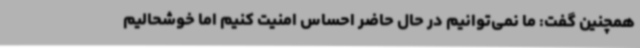
همچنین گفت: ما نمی‌توانیم در حال حاضر احساس امنیت کنیم اما خوشحالیم